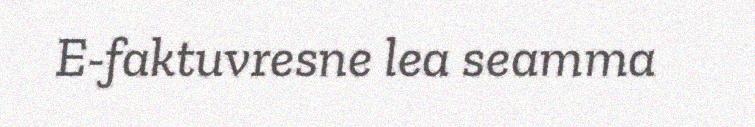
E-faktuvresne lea seamma